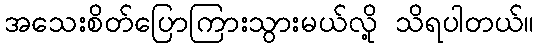
အသေးစိတ်ပြောကြားသွားမယ်လို့ သိရပါတယ်။